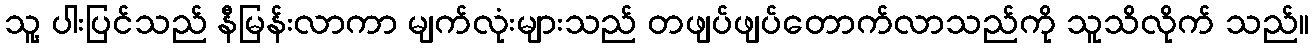
သူ့ ပါးပြင်သည် နီမြန်းလာကာ မျက်လုံးများသည် တဖျပ်ဖျပ်တောက်လာသည်ကို သူသိလိုက် သည်။